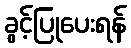
ခွင့်ပြုပေးရန်